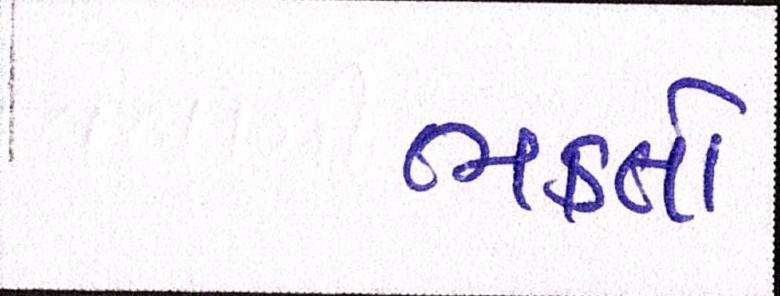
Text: ભક્તો